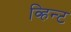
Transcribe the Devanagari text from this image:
व्हिन्ट